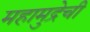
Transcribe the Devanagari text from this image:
महामुद्रेची